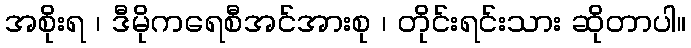
အစိုးရ ၊ ဒီမိုကရေစီအင်အားစု ၊ တိုင်းရင်းသား ဆိုတာပါ။